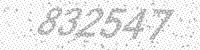
Solution: 832547